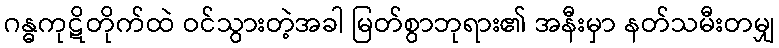
ဂန္ဓကုဋိတိုက်ထဲ ဝင်သွားတဲ့အခါ မြတ်စွာဘုရား၏ အနီးမှာ နတ်သမီးတမျှ